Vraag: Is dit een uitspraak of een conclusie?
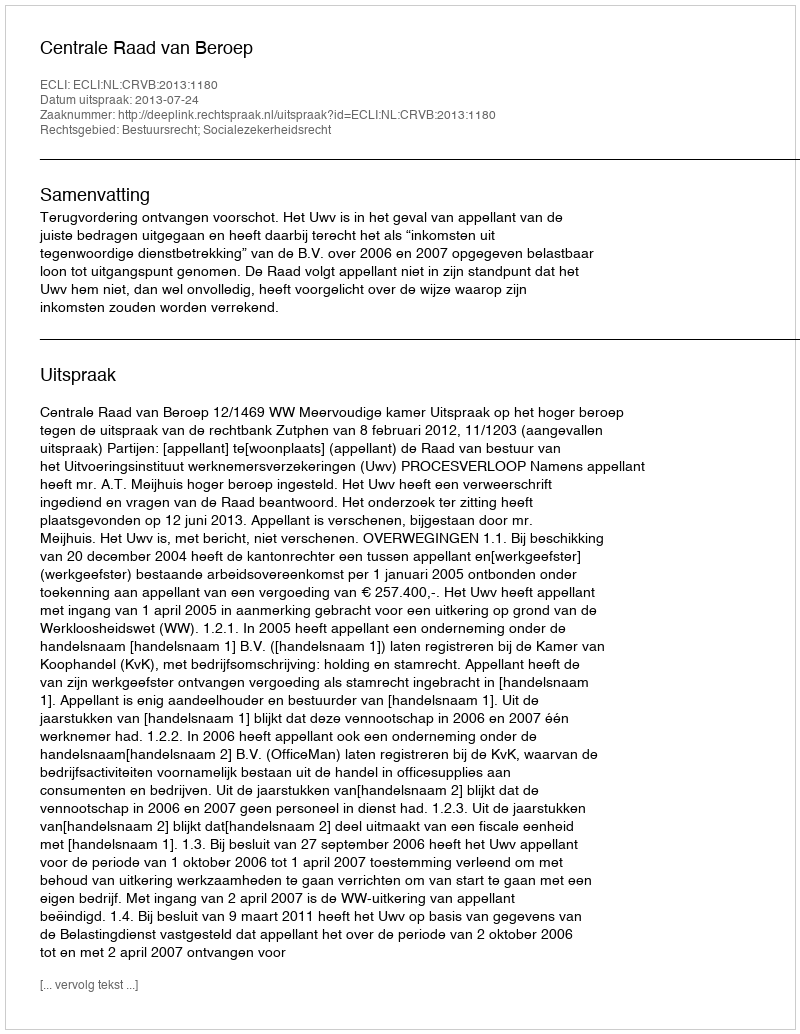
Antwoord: Uitspraak